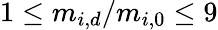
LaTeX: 1\leq m_{i,d}/m_{i,0}\leq 9